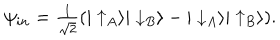
LaTeX: \psi _ { i n } = { \textstyle \frac { 1 } { \sqrt { 2 } } } ( | \uparrow _ { A } \rangle | \downarrow _ { B } \rangle - | \downarrow _ { A } \rangle | \uparrow _ { B } \rangle ) .